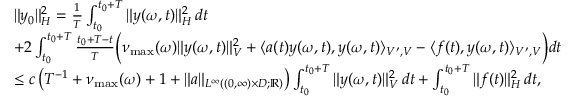
\begin{array} { r l } & { \| y _ { 0 } \| _ { H } ^ { 2 } = \frac { 1 } { T } \int _ { t _ { 0 } } ^ { t _ { 0 } + T } \| y ( \omega , t ) \| _ { H } ^ { 2 } \, d t } \\ & { + 2 \int _ { t _ { 0 } } ^ { t _ { 0 } + T } \frac { t _ { 0 } + T - t } { T } \Bigl ( \nu _ { \operatorname* { m a x } } ( \omega ) \| y ( \omega , t ) \| _ { V } ^ { 2 } + \langle a ( t ) y ( \omega , t ) , y ( \omega , t ) \rangle _ { V ^ { \prime } , V } - \langle f ( t ) , y ( \omega , t ) \rangle _ { V ^ { \prime } , V } \Bigr ) d t } \\ & { \leq c \left( T ^ { - 1 } + \nu _ { \operatorname* { m a x } } ( \omega ) + 1 + \| a \| _ { L ^ { \infty } ( ( 0 , \infty ) \times D ; \mathbb { R } ) } \right) \int _ { t _ { 0 } } ^ { t _ { 0 } + T } \| y ( \omega , t ) \| _ { V } ^ { 2 } \, d t + \int _ { t _ { 0 } } ^ { t _ { 0 } + T } \| f ( t ) \| _ { H } ^ { 2 } \, d t , } \end{array}